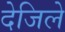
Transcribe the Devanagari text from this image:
देजिले